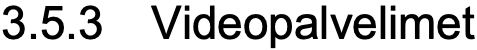
3.5.3 Videopalvelimet